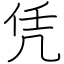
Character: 凭